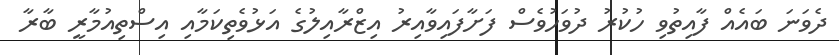
ދެވަނަ ބައެއް ފާއިތުވި ހުކުރު ދުވަހުވެސް ފަށާފައިވާއިރު އިޒްރާއިލުގެ އަޅުވެތިކަމާއި އިސްތިއުމާރީ ބާރާ